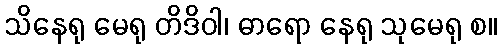
သိနေရု မေရု တိဒိဝါ၊ ဓာရော နေရု သုမေရု စ။